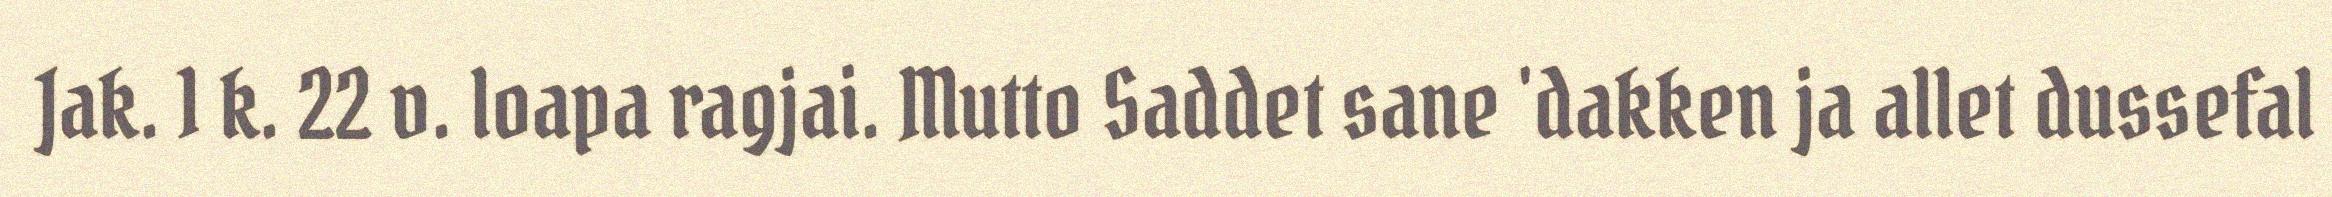
Jak. 1 k. 22 v. loapa ragjai. Mutto Saddet sane 'dakken ja allet dussefal